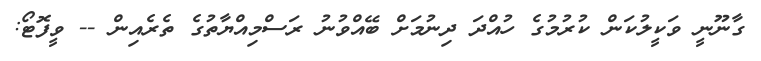
ގާނޫނީ ވަކީލުކަން ކުރުމުގެ ހުއްދަ ދިނުމަށް ބޭއްވުނު ރަސްމިއްޔާތުގެ ތެރެއިން -- ވީފޮޓޯ: